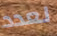
لعدد